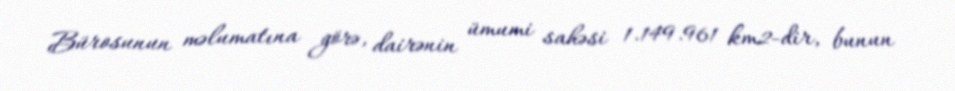
Bürosunun məlumatına görə, dairənin ümumi sahəsi 1.149.961 km2-dir, bunun